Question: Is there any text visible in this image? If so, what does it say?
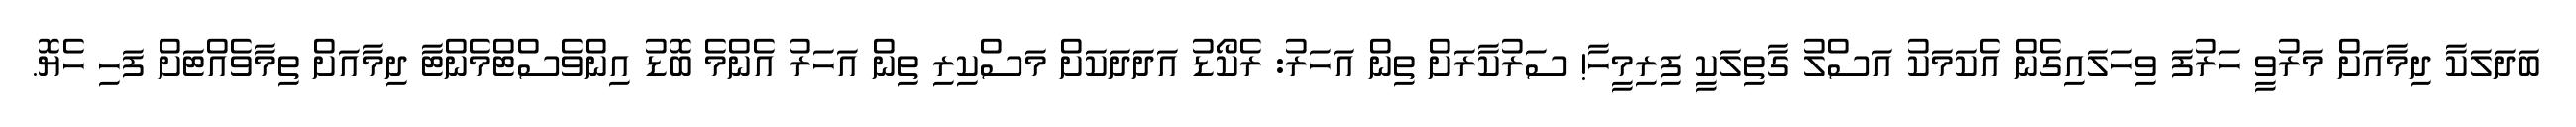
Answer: ބަދަލަކާ ދިމާއަށް މަރުވީ ހަރުފަ ވިހަލައިގެން އެކަމަކު އަސްލު ގާތިލަކީ ފިރިމީހާ! ސަރުކާރަށް ތިން އަހަރު: ރެކޯޑު އަދަދަކަށް މަސްކިރި ތިން އަހަރު އެންމެ ބޮޑު އިންވެސްޓްމެންޓާ ދިމާއަށް ތިމާވެއްޓަށް ފަހި ހެޔޮ.